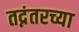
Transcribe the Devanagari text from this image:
तद्नंतरच्या